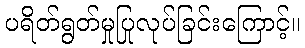
ပရိတ်ရွတ်မှုပြုလုပ်ခြင်းကြောင့်။